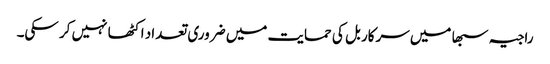
راجیہ سبھا میں سرکار بل کی حمایت میں ضروری تعداد اکٹھا نہیں کر سکی۔